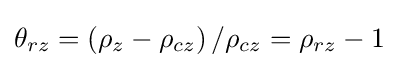
\theta _{rz}=\left(\rho _{z}-\rho _{cz}\right)/\rho _{cz}=\rho _{rz}-1